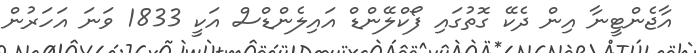
އާޖެންޓީނާ އިން ދެކޭ ގޮތުގައި ފޯކްލޭންޑް އައިލެންޑްސް އަކީ 1833 ވަނަ އަހަރުން